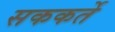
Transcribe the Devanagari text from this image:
सककर्ते